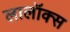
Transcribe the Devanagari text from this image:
लालॉक्स